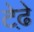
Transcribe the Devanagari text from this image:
टेढे़